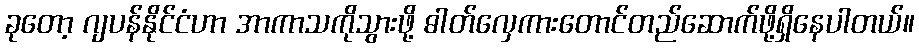
ခုတော့ ဂျပန်နိုင်ငံဟာ အာကာသကိုသွားဖို့ ဓါတ်လှေကားတောင်တည်ဆောက်ဖို့ရှိနေပါတယ်။